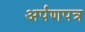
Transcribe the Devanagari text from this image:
अर्पणपत्र